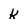
Character: k